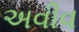
અવીવ